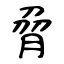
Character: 脋